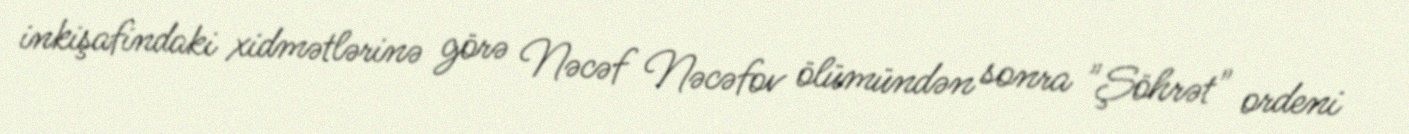
inkişafindaki xidmətlərinə görə Nəcəf Nəcəfov ölümündən sonra "Şöhrət" ordeni